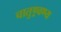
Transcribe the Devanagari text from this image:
चातुण्र्वण्य